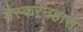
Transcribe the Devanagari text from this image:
मैस्करेनहास